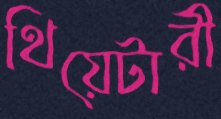
থিয়েটারী